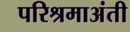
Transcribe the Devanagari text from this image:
परिश्रमाअंती